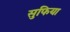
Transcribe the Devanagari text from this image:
सुफिया